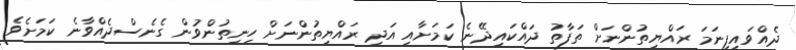
ދެއްވައިފިނަމަ ރައްޔިތުންނަށް ތަފާތު ދައްކައިދޭނެ ކަމަށާއި އަދި ރައްޔިތުންނަށް ހިނިތުންވުން ގެނެސްދެއްވާނެ ކަމަށެވެ.